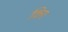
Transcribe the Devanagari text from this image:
किए